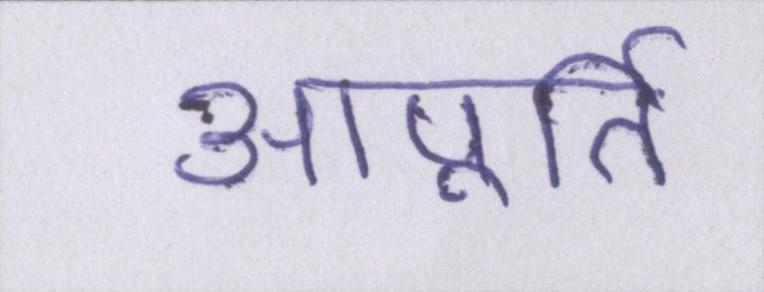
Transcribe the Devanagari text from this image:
आपूर्ति